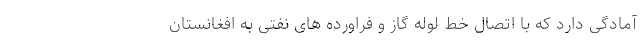
آمادگی دارد که با اتصال خط لوله گاز و فراورده های نفتی به افغانستان